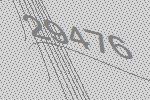
29476